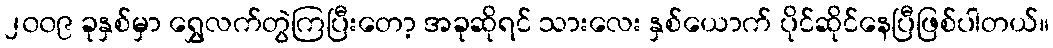
၂၀၀၉ ခုနှစ်မှာ ရွှေလက်တွဲကြပြီးတော့ အခုဆိုရင် သားလေး နှစ်ယောက် ပိုင်ဆိုင်နေပြီဖြစ်ပါတယ်။